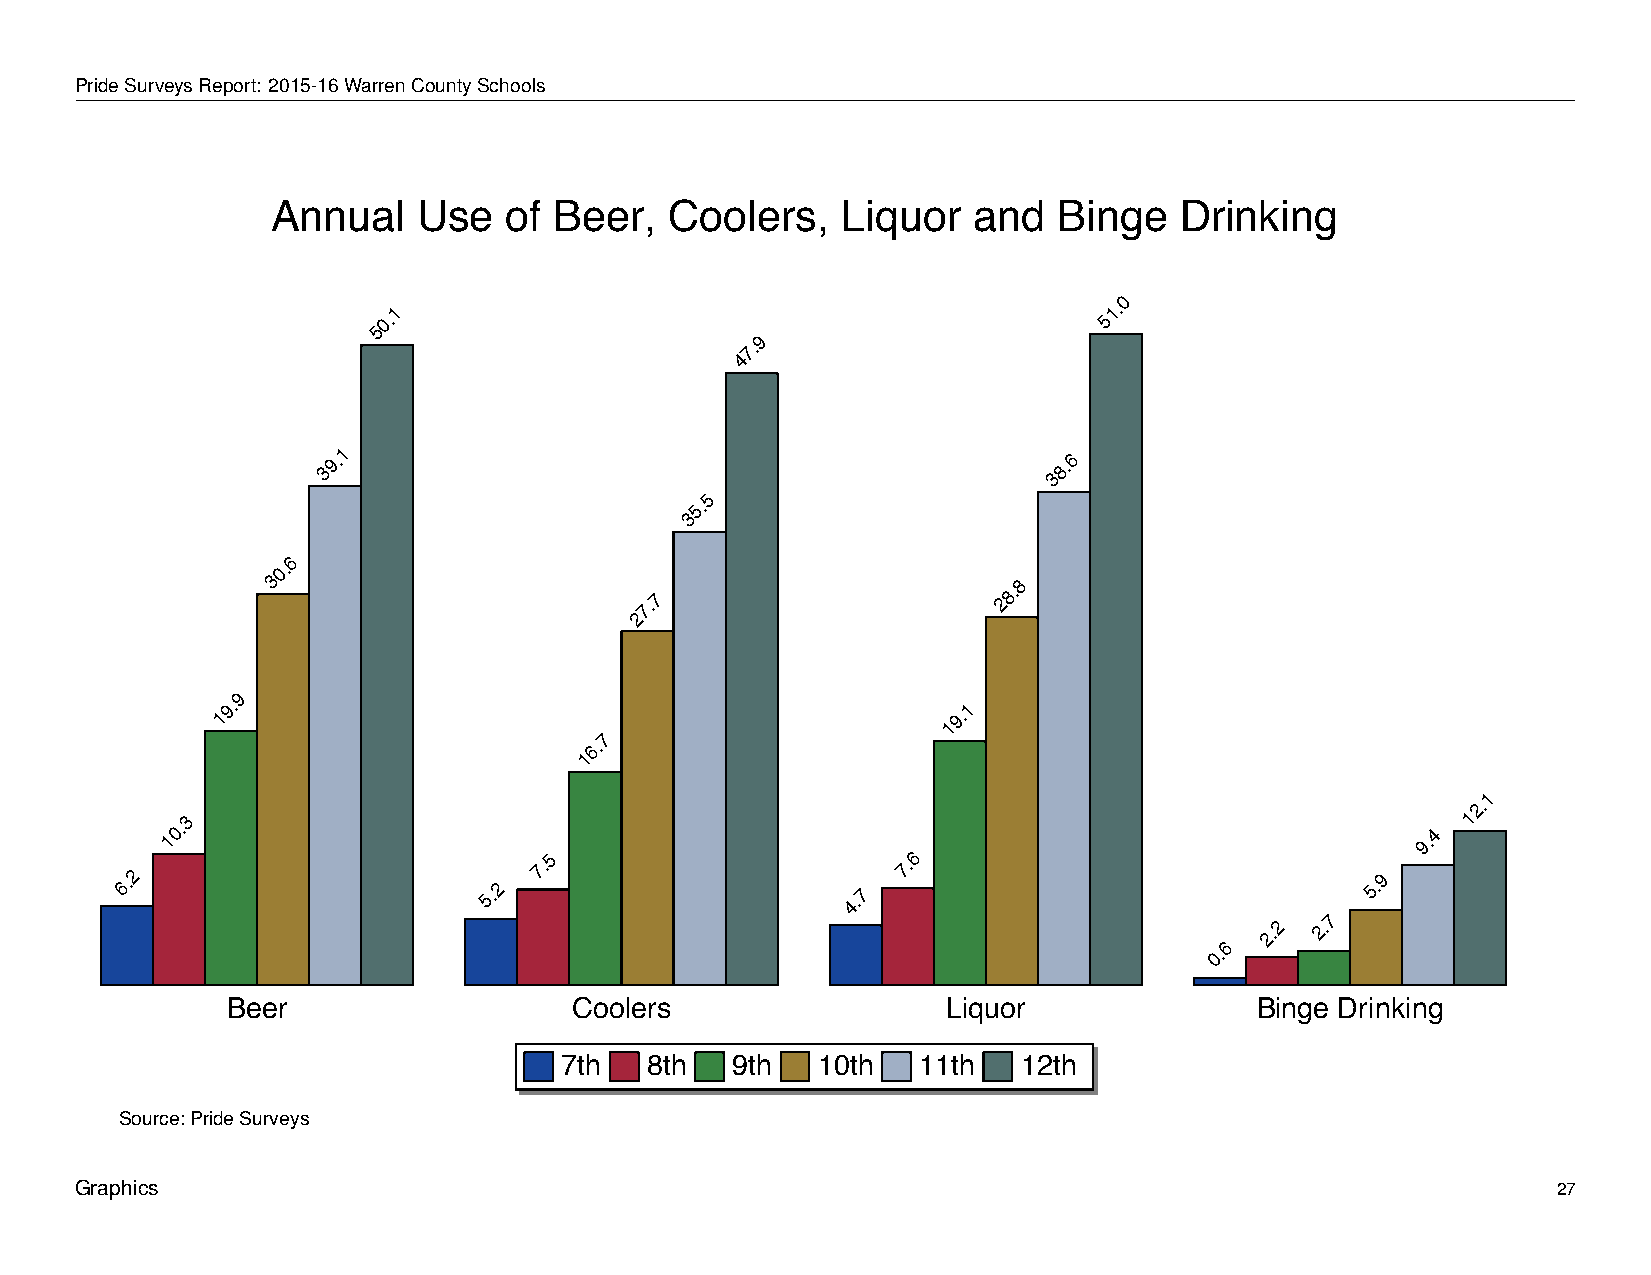
Annual          Use      of   Beer,       Coolers,          Liquor         and     Binge        Drinking
 PrideSurveysReport: 2015-16WarrenCountySchools
 Annual    Use  of  Beer,  Coolers,    Liquor  and   Binge   Drinking
 0
 1                                              1.
 50.                                             5
 9
 7.
 4
 1
 39.                                              8.6
 3
 5
 5.
 3
 6
 0.
 3
 7.7
 28.8
 2
 9
 9.                                               1
 1                                                19.
 7
 6.
 1
 1
 2.
 10.3
 5                       6
 9.4
 1
 6.2
 5.2
 7.
 4.7
 7.
 7
 5.9
 0.6
 2.2 2.
 Beer                   Coolers                  Liquor              Binge Drinking
 7th   8th  9th   10th   11th   12th
 Source: Pride Surveys
 Graphics                                                                                          27